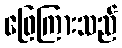
ဖြေကြားသည်